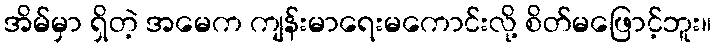
အိမ်မှာ ရှိတဲ့ အမေက ကျန်းမာရေးမကောင်းလို့ စိတ်မဖြောင့်ဘူး။